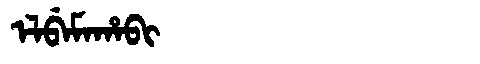
Manchu: ᡝᠯᠪᡝᠮᠠᡥᠠᠪᡳ
Romanization: ELBEMAHABI